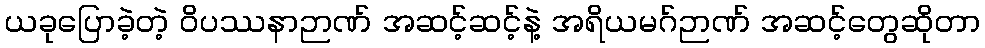
ယခုပြောခဲ့တဲ့ ဝိပဿနာဉာဏ် အဆင့်ဆင့်နဲ့ အရိယမဂ်ဉာဏ် အဆင့်တွေဆိုတာ